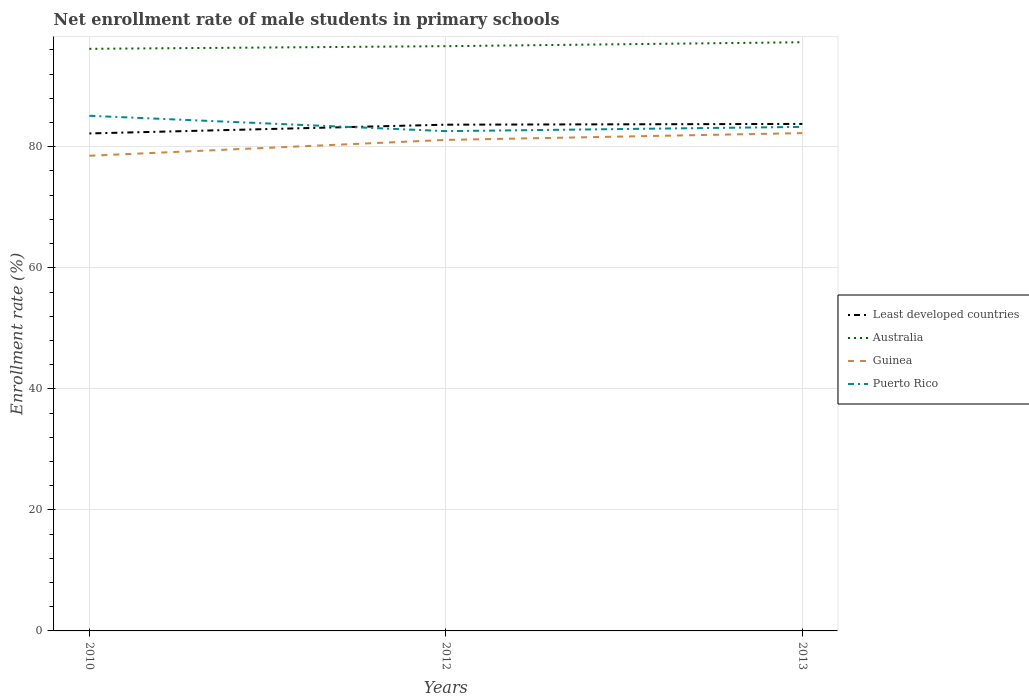
| Years | Least developed countries | Australia | Guinea | Puerto Rico |
 | --- | --- | --- | --- | --- |
 | 2010 | 82.2 | 96.2 | 78.5 | 85.1 |
 | 2012 | 83.7 | 96.6 | 81.1 | 82.6 |
 | 2013 | 83.8 | 97.3 | 82.3 | 83.3 |